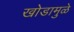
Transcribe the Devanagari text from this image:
खोडामुळे